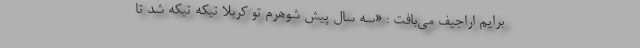
برایم اراجیف می‌بافت : «سه سال پیش شوهرم تو کربلا تیکه تیکه شد تا